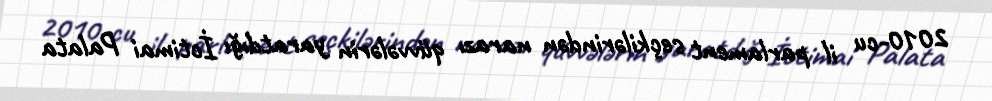
2010-cu il parlament seçkilərindən narazı qüvvələrin yaratdığı İctimai Palata